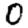
Digit: 0